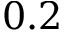
0 . 2